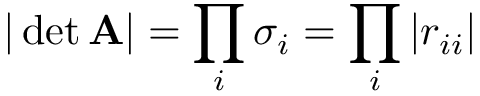
| \operatorname* { d e t } \mathbf { A } | = \prod _ { i } \sigma _ { i } = \prod _ { i } \left| r _ { i i } \right|